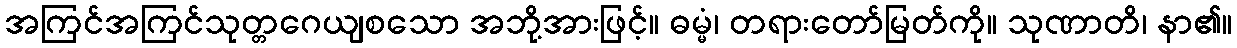
အကြင်အကြင်သုတ္တဂေယျစသော အဘို့အားဖြင့်။ ဓမ္မံ၊ တရားတော်မြတ်ကို။ သုဏာတိ၊ နာ၏။